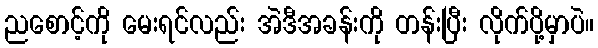
ညစောင့်ကို မေးရင်လည်း အဲဒီအခန်းကို တန်းပြီး လိုက်ပို့မှာပဲ။